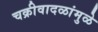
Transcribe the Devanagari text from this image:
चक्रीवादळांमुळे